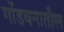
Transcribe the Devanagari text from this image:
गोंडवनातील